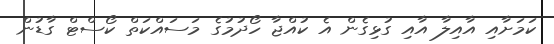
ކަމަށާއި އާއިލާ އާއި ގުޅިގެން އެ ކުއްޖާ ހޯދުމުގެ މަސައްކަތް ކޯސްޓް ގާޑުން